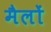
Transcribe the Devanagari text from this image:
मैलों